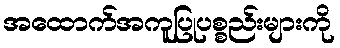
အထောက်အကူပြုပစ္စည်းများကို